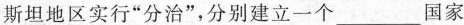
斯坦地区实行”分治”，分别建立一个\underline国家